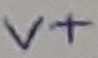
Text: V+